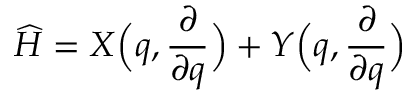
\widehat { H } = X \Bigl ( q , \frac { \partial } { \partial q } \Bigr ) + Y \Bigl ( q , \frac { \partial } { \partial q } \Bigr )